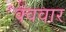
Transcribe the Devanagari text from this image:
क्ववार